Leaving Certificate Examination, 1918
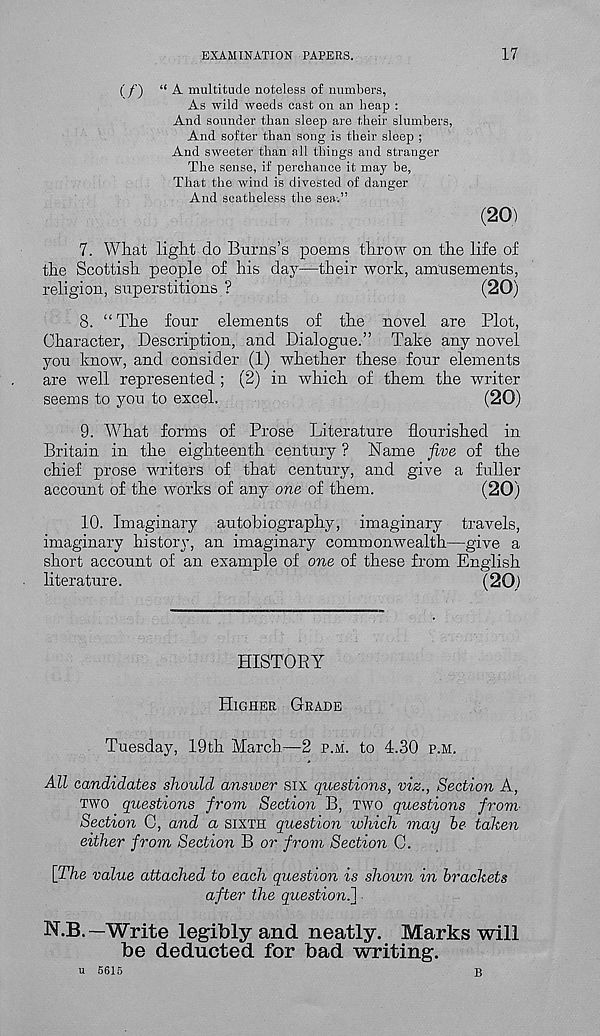
EXAMINATION PAPERS.
17
(' /’) “ A multitude noteless of numbers,
As wild weeds cast on an heap :
And sounder than sleep are their slumbers,
And softer than song is their sleep ;
And sweeter than all things and stranger
The sense, if perchance it may be,
That the -wind is divested of danger
And scatheless the sea.”
(20)
7. What light do Burns’s poems throw on the life of
the Scottish people of his day—their work, amusements,
religion, superstitions ?
(20)
8. “ The four elements of the novel are Plot,
Character, Description, and Dialogue.” Take any novel
you know, and consider (1) whether these four elements
are well represented ; (2) in which of them the writer
seems to you to excel.
(20)
9. What forms of Prose Literature flourished in
Britain in the eighteenth century ? Name five of the
chief prose writers of that century, and give a fuller
account of the works of any one of them.
(20)
10. Imaginary autobiography, imaginary travels,
imaginary history, an imaginary commonwealth—give a
short account of an example of one of these from English
literature.
(20)
HISTORY
HIGHER GRADE
Tuesday, 19th March—2 P.M. to 4.30 P.M.
All candidates should ansioer six questions, viz., Section A,
TWO questions from Section B, TWO questions from-
Section C, and a SIXTH question which may be taken
either from Section B or from Section C.
\The value attached to each question is shown in brackets
after the question.}
N.B.—Write legibly and neatly. Marks will
be deducted for bad writing.
u 5615
B